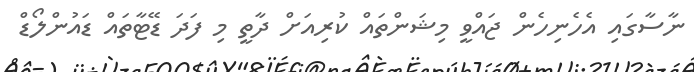
ނާސާގައި އެހެނިހެން ޖައްވީ މިޝަންތައް ކުރިއަށް ދާތީ މި ފަދަ ޑޭޓާތައް ޑައުންލޯޑް